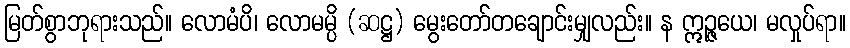
မြတ်စွာဘုရားသည်။ လောမံပိ၊ လောမမ္ပိ (ဆဋ္ဌ) မွေးတော်တချောင်းမျှလည်း။ န ဣဉ္ဇယေ၊ မလှုပ်ရာ။